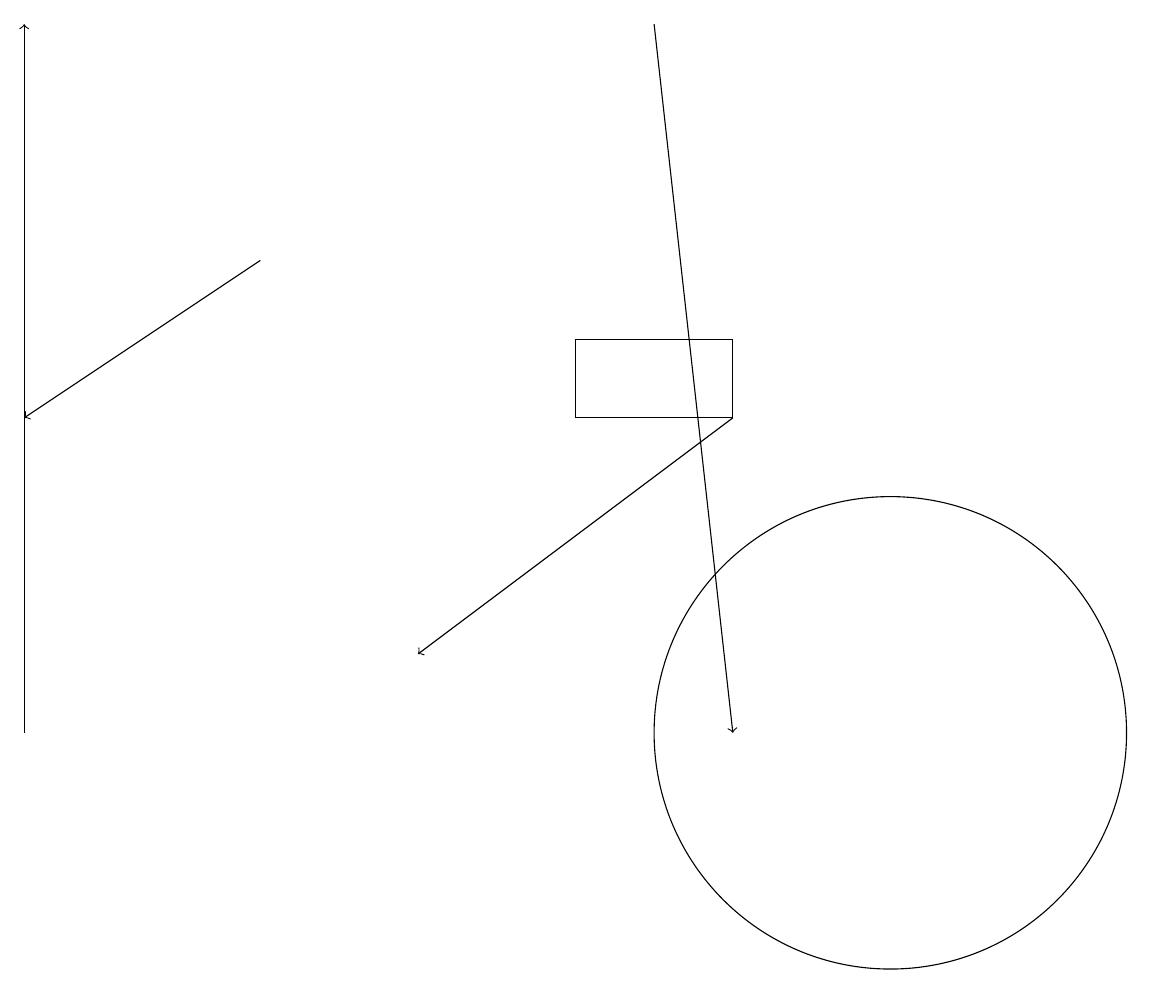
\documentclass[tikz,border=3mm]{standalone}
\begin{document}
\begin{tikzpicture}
\draw (11,10) circle (3);
\draw (9,15) rectangle (7,14);
\draw[->] (0,10) -- (0,19);
\draw[->] (9,14) -- (5,11);
\draw[->] (3,16) -- (0,14);
\draw[->] (8,19) -- (9,10);
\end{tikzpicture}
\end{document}